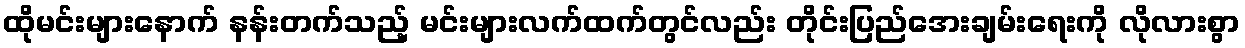
ထိုမင်းများနောက် နန်းတက်သည့် မင်းများလက်ထက်တွင်လည်း တိုင်းပြည်အေးချမ်းရေးကို လိုလားစွာ